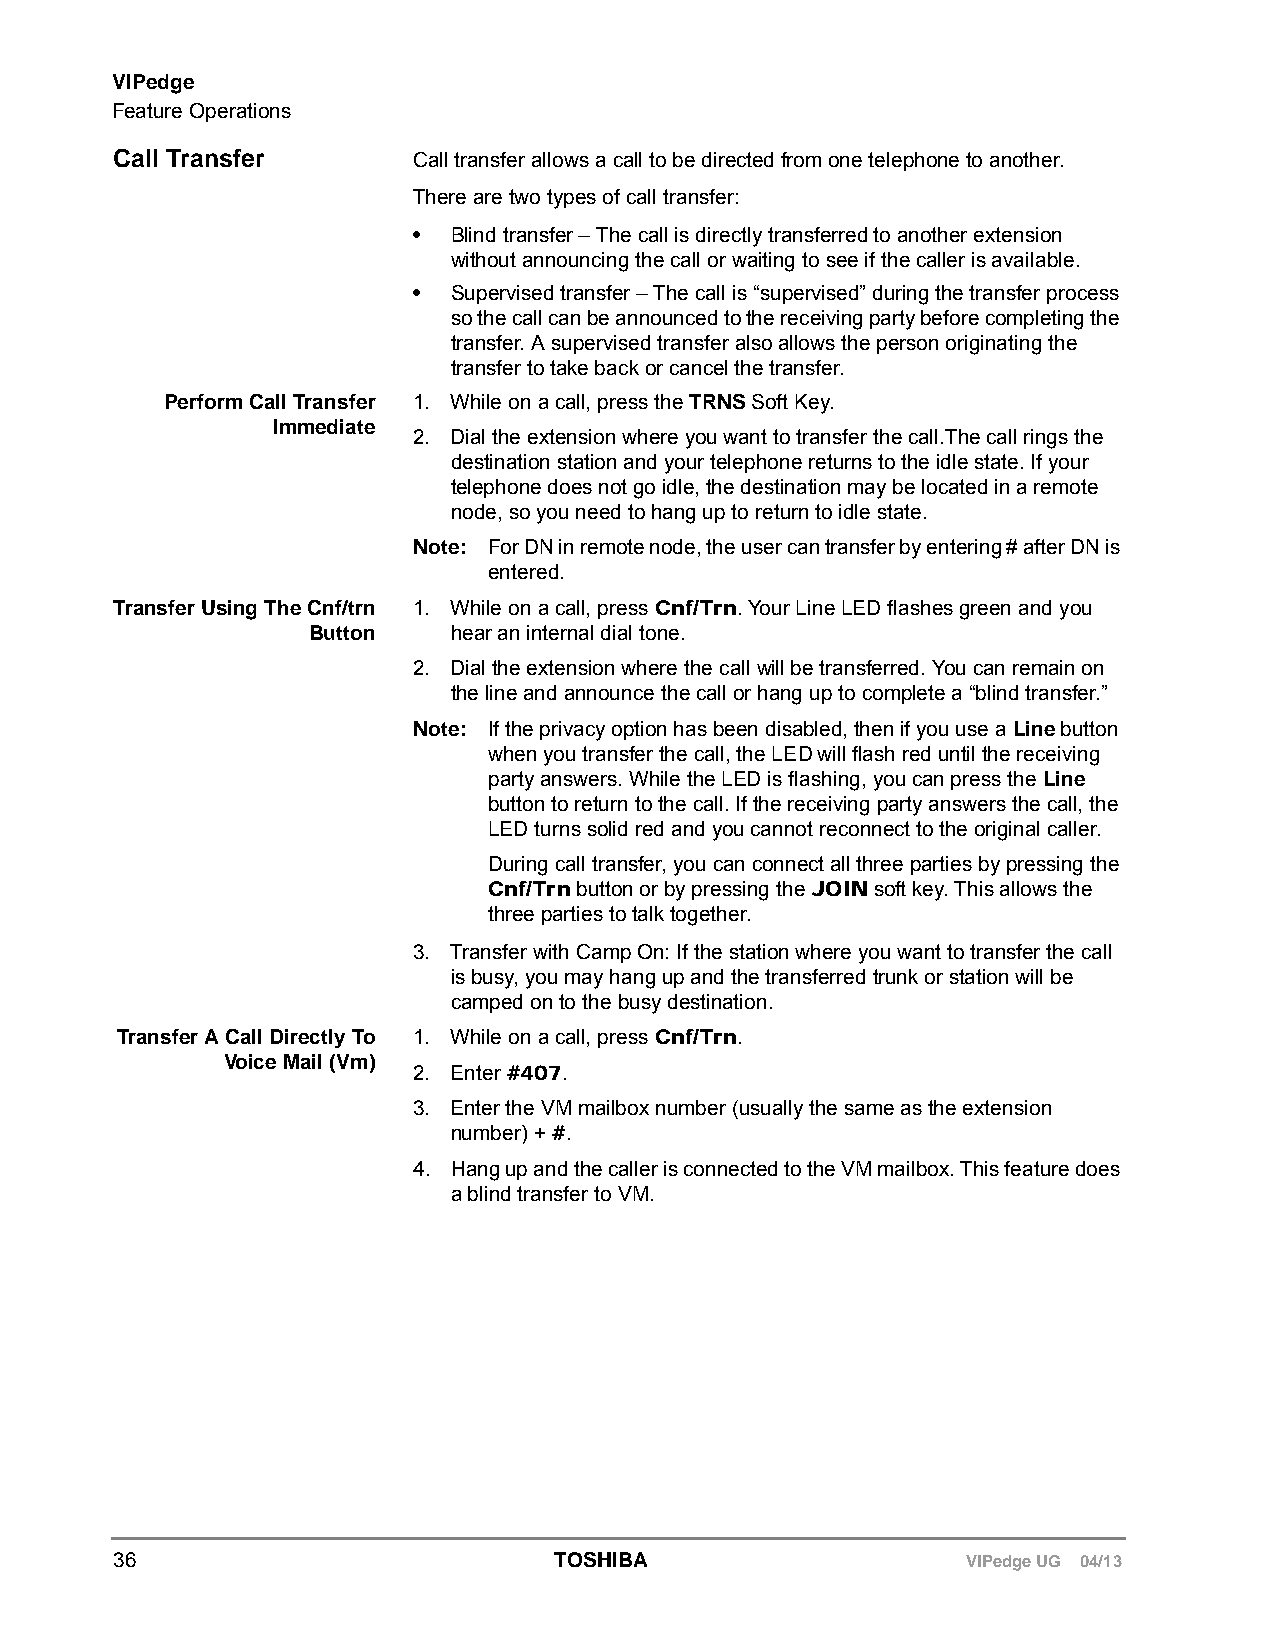
VIPedge
 Feature Operations
 Call Transfer      Call transfer allows a call to be directed from one telephone to another.
 There are two types of call transfer:
 •  Blind transfer – The call is directly transferred to another extension
 without announcing the call or waiting to see if the caller is available.
 •  Supervised transfer – The call is “supervised” during the transfer process
 so the call can be announced to the receiving party before completing the
 transfer. A supervised transfer also allows the person originating the
 transfer to take back or cancel the transfer.
 Perform Call Transfer 1. While on a call, press the TRNS Soft Key.
 Immediate
 2. Dial the extension where you want to transfer the call.The call rings the
 destination station and your telephone returns to the idle state. If your
 telephone does not go idle, the destination may be located in a remote
 node, so you need to hang up to return to idle state.
 Note: For DN in remote node, the user can transfer by entering # after DN is
 entered.
 Transfer Using The Cnf/trn 1. While on a call, press Cnf/Trn. Your Line LED flashes green and you
 Button    hear an internal dial tone.
 2. Dial the extension where the call will be transferred. You can remain on
 the line and announce the call or hang up to complete a “blind transfer.”
 Note: If the privacy option has been disabled, then if you use a Line button
 when you transfer the call, the LED will flash red until the receiving
 party answers. While the LED is flashing, you can press the Line
 button to return to the call. If the receiving party answers the call, the
 LED turns solid red and you cannot reconnect to the original caller.
 During call transfer, you can connect all three parties by pressing the
 Cnf/Trn button or by pressing the JOIN soft key. This allows the
 three parties to talk together.
 3. Transfer with Camp On: If the station where you want to transfer the call
 is busy, you may hang up and the transferred trunk or station will be
 camped on to the busy destination.
 Transfer A Call Directly To 1. While on a call, press Cnf/Trn.
 Voice Mail (Vm)
 2. Enter #407.
 3. Enter the VM mailbox number (usually the same as the extension
 number) + #.
 4. Hang up and the caller is connected to the VM mailbox. This feature does
 a blind transfer to VM.
 36                           TOSHIBA                    VIPedge UG 04/13